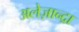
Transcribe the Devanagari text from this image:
अलेज़ान्द्रा